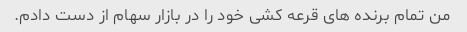
من تمام برنده های قرعه کشی خود را در بازار سهام از دست دادم.